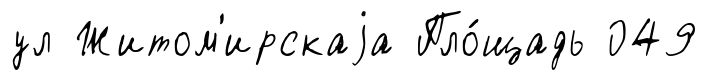
ул Житом'ирскаjа Пло́щадь 049